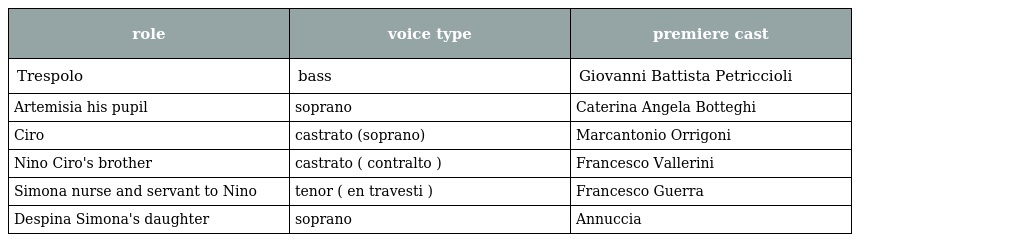
| role | voice type | premiere cast |
 | --- | --- | --- |
 | Trespolo | bass | Giovanni Battista Petriccioli |
 | Artemisia his pupil | soprano | Caterina Angela Botteghi |
 | Ciro | castrato (soprano) | Marcantonio Orrigoni |
 | Nino Ciro's brother | castrato ( contralto ) | Francesco Vallerini |
 | Simona nurse and servant to Nino | tenor ( en travesti ) | Francesco Guerra |
 | Despina Simona's daughter | soprano | Annuccia |